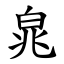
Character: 㿡